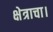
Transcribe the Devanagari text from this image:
क्षेत्राचा।